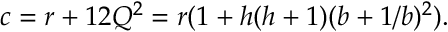
c = r + 1 2 Q ^ { 2 } = r ( 1 + h ( h + 1 ) ( b + 1 / b ) ^ { 2 } ) .